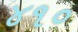
૪૧૦